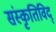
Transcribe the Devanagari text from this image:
संस्कृतिविद्